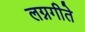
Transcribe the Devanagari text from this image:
लग्नगीते